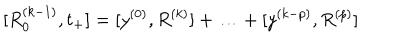
[ R _ { 0 } ^ { ( k - 1 ) } , t _ { + } ] = [ y ^ { ( 0 ) } , R ^ { ( k ) } ] + \ldots + [ y ^ { ( k - p ) } , R ^ { ( p ) } ]